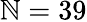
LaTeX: \mathbb{N}=39